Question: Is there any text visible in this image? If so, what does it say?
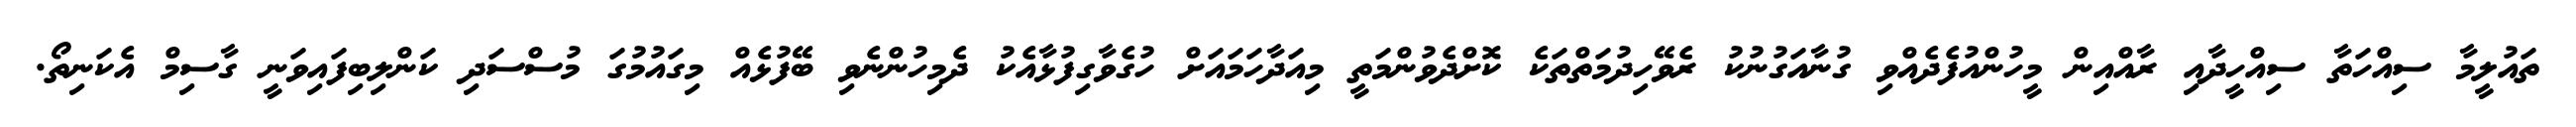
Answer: ތައުލީމާ ސިއްހަތާ ސިއްހީދާއި ރާއްއިން މީހުންއުފެދެއްވި ގުނާއަގުނުކު ރެވޭހިދުމަތްތަކެ ކޮށްދެވުންމަތީ މިއަދާހަމައަށް ހުގެވާގިފުޅާއެކު ދެމިހުންނެވި ބޭފުޅެއް މިގައުމުގަ މުސްސަދި ކަންލިބިފައިވަނީ ގާސިމް އެކަނިތޯ.